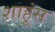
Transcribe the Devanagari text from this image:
शाहूंस